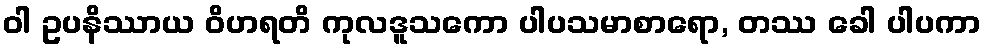
ဝါ ဥပနိဿာယ ဝိဟရတိ ကုလဒူသကော ပါပသမာစာရော, တဿ ခေါ ပါပကာ